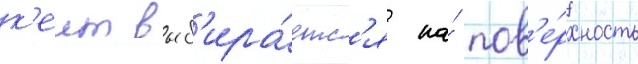
к'еит выб'ира́етс'я на́ пов'е́рхность